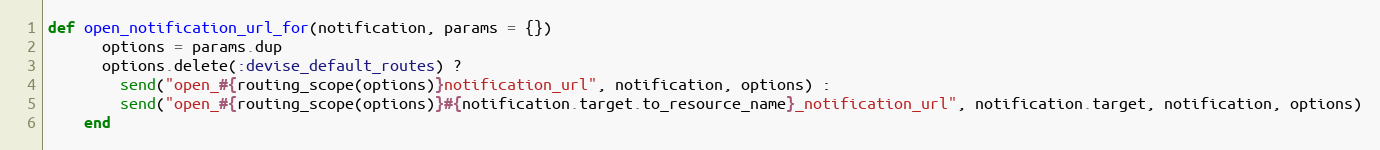
Language: Ruby
def open_notification_url_for(notification, params = {})
      options = params.dup
      options.delete(:devise_default_routes) ?
        send("open_#{routing_scope(options)}notification_url", notification, options) :
        send("open_#{routing_scope(options)}#{notification.target.to_resource_name}_notification_url", notification.target, notification, options)
    end